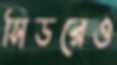
সিডরেও